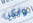
ولكن